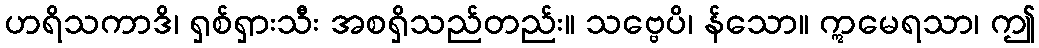
ဟရိသကာဒိ၊ ရှစ်ရှားသီး အစရှိသည်တည်း။ သဗ္ဗေပိ၊ န်သော။ ဣမေရသာ၊ ဤ